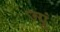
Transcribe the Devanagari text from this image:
ज्यूं